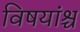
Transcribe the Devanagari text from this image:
विषयांश्च